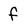
Character: f